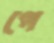
পে